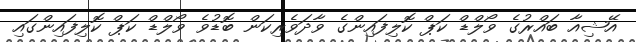
އޭޝިއާ ބައްރުގެ ވޯލްޑް ކަޕް ކޮލިފައިންގެ ވާދަވެރިކަން ބޮޑުވެ ވޯލްޑް ކަޕް ކޮލިފައިންގައި